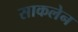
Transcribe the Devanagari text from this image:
साकलेन